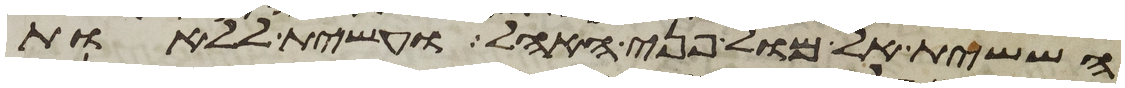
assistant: הששית אל מול פני האהל ועשית ללאות